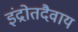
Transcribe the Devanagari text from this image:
इंद्रोतदैवाय